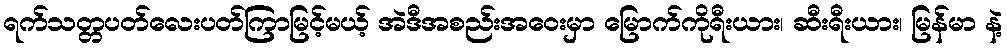
ရက်သတ္တပတ်လေးပတ်ကြာမြင့်မယ့် အဲဒီအစည်းအဝေးမှာ မြောက်ကိုရီးယား၊ ဆီးရီးယား၊ မြန်မာ နဲ့